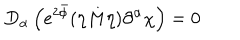
LaTeX: D _ { \alpha } \left( e ^ { 2 \bar { \phi } } ( \eta M \eta ) \partial ^ { \alpha } \chi \right) = 0